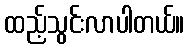
ထည့်သွင်းလာပါတယ်။